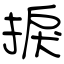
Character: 捩